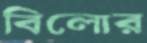
বিলোর